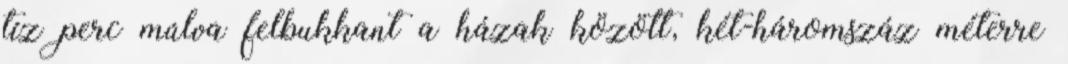
tíz perc múlva felbukkant a házak között, két-háromszáz méterre